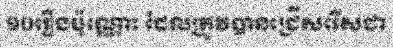
១០រឿងប៉ុណ្ណោះ ដែលត្រូវបានជ្រើសរើសជា